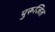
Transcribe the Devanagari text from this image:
पुरूजित